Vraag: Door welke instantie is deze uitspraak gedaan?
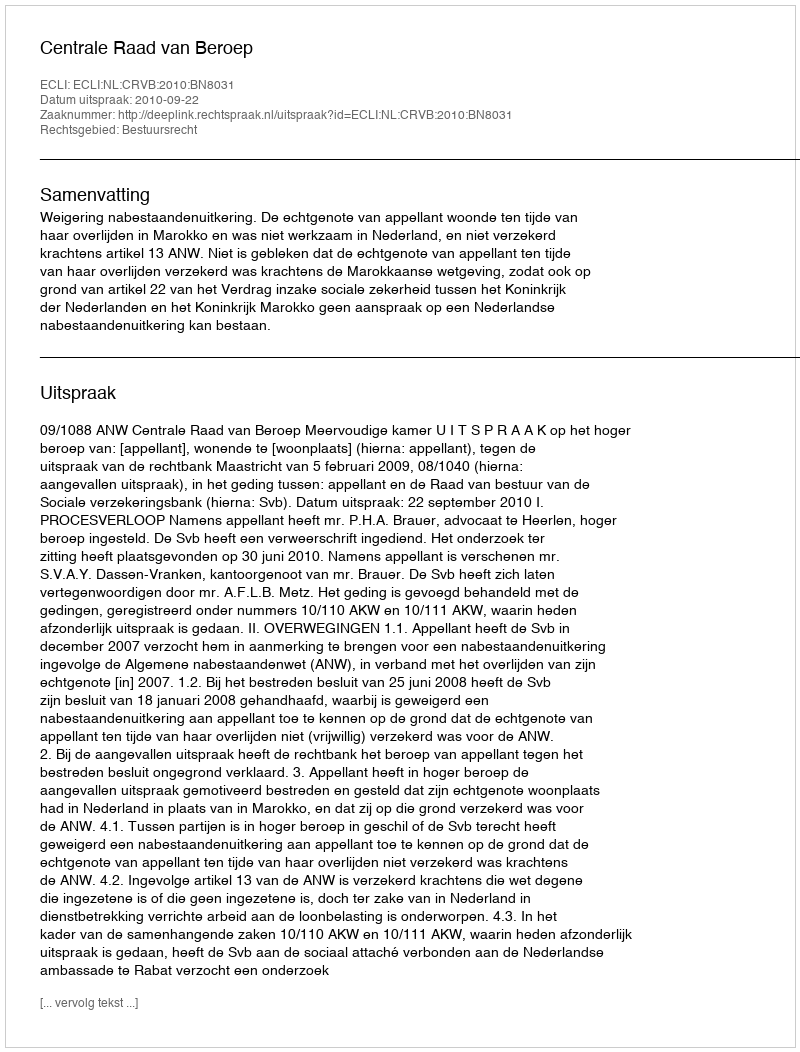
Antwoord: Centrale Raad van Beroep